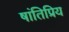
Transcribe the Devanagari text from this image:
षांतिप्रिय